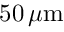
5 0 \, \mu \mathrm { m }